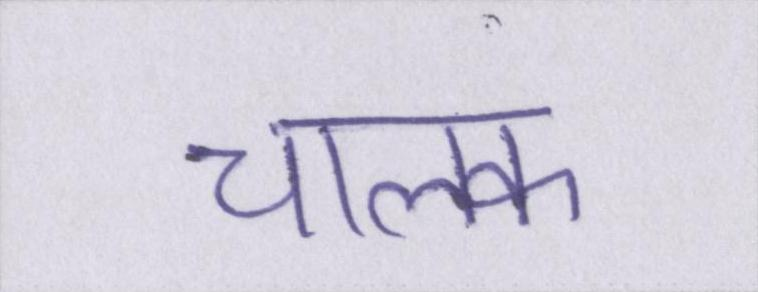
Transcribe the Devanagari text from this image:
चालक